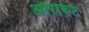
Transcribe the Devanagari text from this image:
ओरारूट